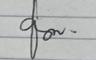
Signature authenticity: genuine